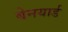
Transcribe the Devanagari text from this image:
बेनयार्ड